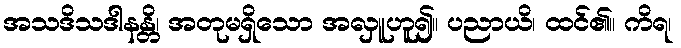
အသဒိသဒါနန္တိ၊ အတုမရှိသော အလှူဟူ၍။ ပညာယိ၊ ထင်၏။ ကိရ၊